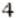
4